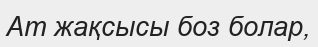
Ат жақсысы боз болар,